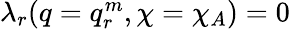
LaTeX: \begin{array}{r}{\lambda_{r}(q=q_{r}^{m},\chi=\chi_{A})=0}\end{array}